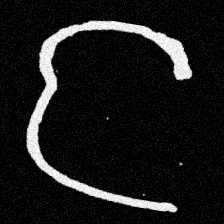
Pyu character \u2014 Myanmar letter: င (romanized: nga)